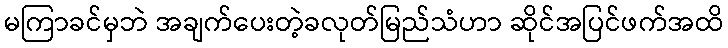
မကြာခင်မှဘဲ အချက်ပေးတဲ့ခလုတ်မြည်သံဟာ ဆိုင်အပြင်ဖက်အထိ